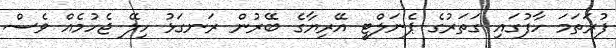
ފުރަތަމަ ހާފުގައި ގަތަރުގެ ޕެނަލްޓީ އޭރިޔާގެ ބޭރުން ރަނގަޅު ހިލޭ ޖެހުމެއް ވެސް